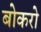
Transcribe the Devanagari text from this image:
बोकरो